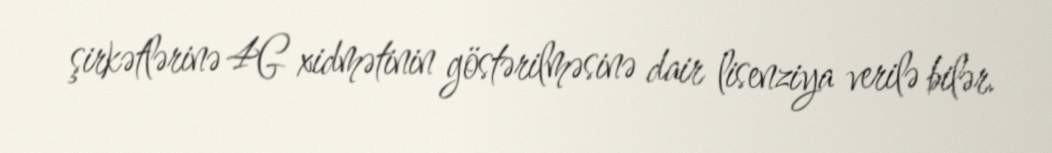
şirkətlərinə 4G xidmətinin göstərilməsinə dair lisenziya verilə bilər.